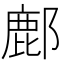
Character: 鄜